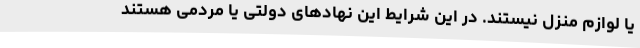
یا لوازم منزل نیستند. در این شرایط این نهادهای دولتی یا مردمی هستند